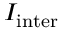
I _ { \mathrm { i n t e r } }